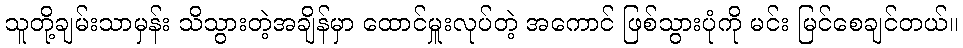
သူတို့ချမ်းသာမှန်း သိသွားတဲ့အချိန်မှာ ထောင်မှူးလုပ်တဲ့ အကောင် ဖြစ်သွားပုံကို မင်း မြင်စေချင်တယ်။